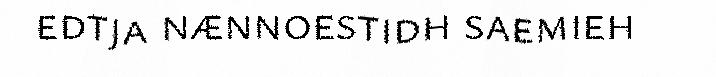
edtja nænnoestidh saemieh